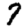
Digit: 7